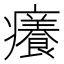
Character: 癢